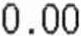
0.00